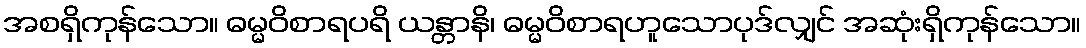
အစရှိကုန်သော။ ဓမ္မဝိစာရပရိ ယန္တာနိ၊ ဓမ္မဝိစာရဟူသောပုဒ်လျှင် အဆုံးရှိကုန်သော။